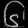
Digit: ၆